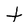
Character: t